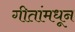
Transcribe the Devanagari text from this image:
गीतांमधून